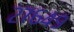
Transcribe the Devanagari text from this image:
२७६४९